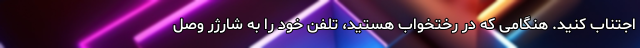
اجتناب کنید. هنگامی که در رختخواب هستید، تلفن خود را به شارژر وصل